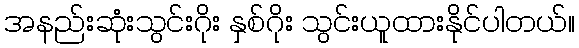
အနည်းဆုံးသွင်းဂိုး နှစ်ဂိုး သွင်းယူထားနိုင်ပါတယ်။